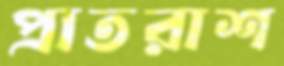
প্রাতরাশ